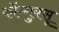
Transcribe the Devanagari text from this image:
कोंग्गुक्सू